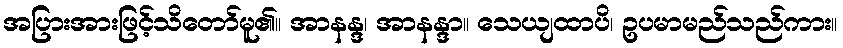
အပြားအားဖြင့်သိတော်မူ၏။ အာနန္ဒ၊ အာနန္ဒာ။ သေယျထာပိ၊ ဥပမာမည်သည်ကား။